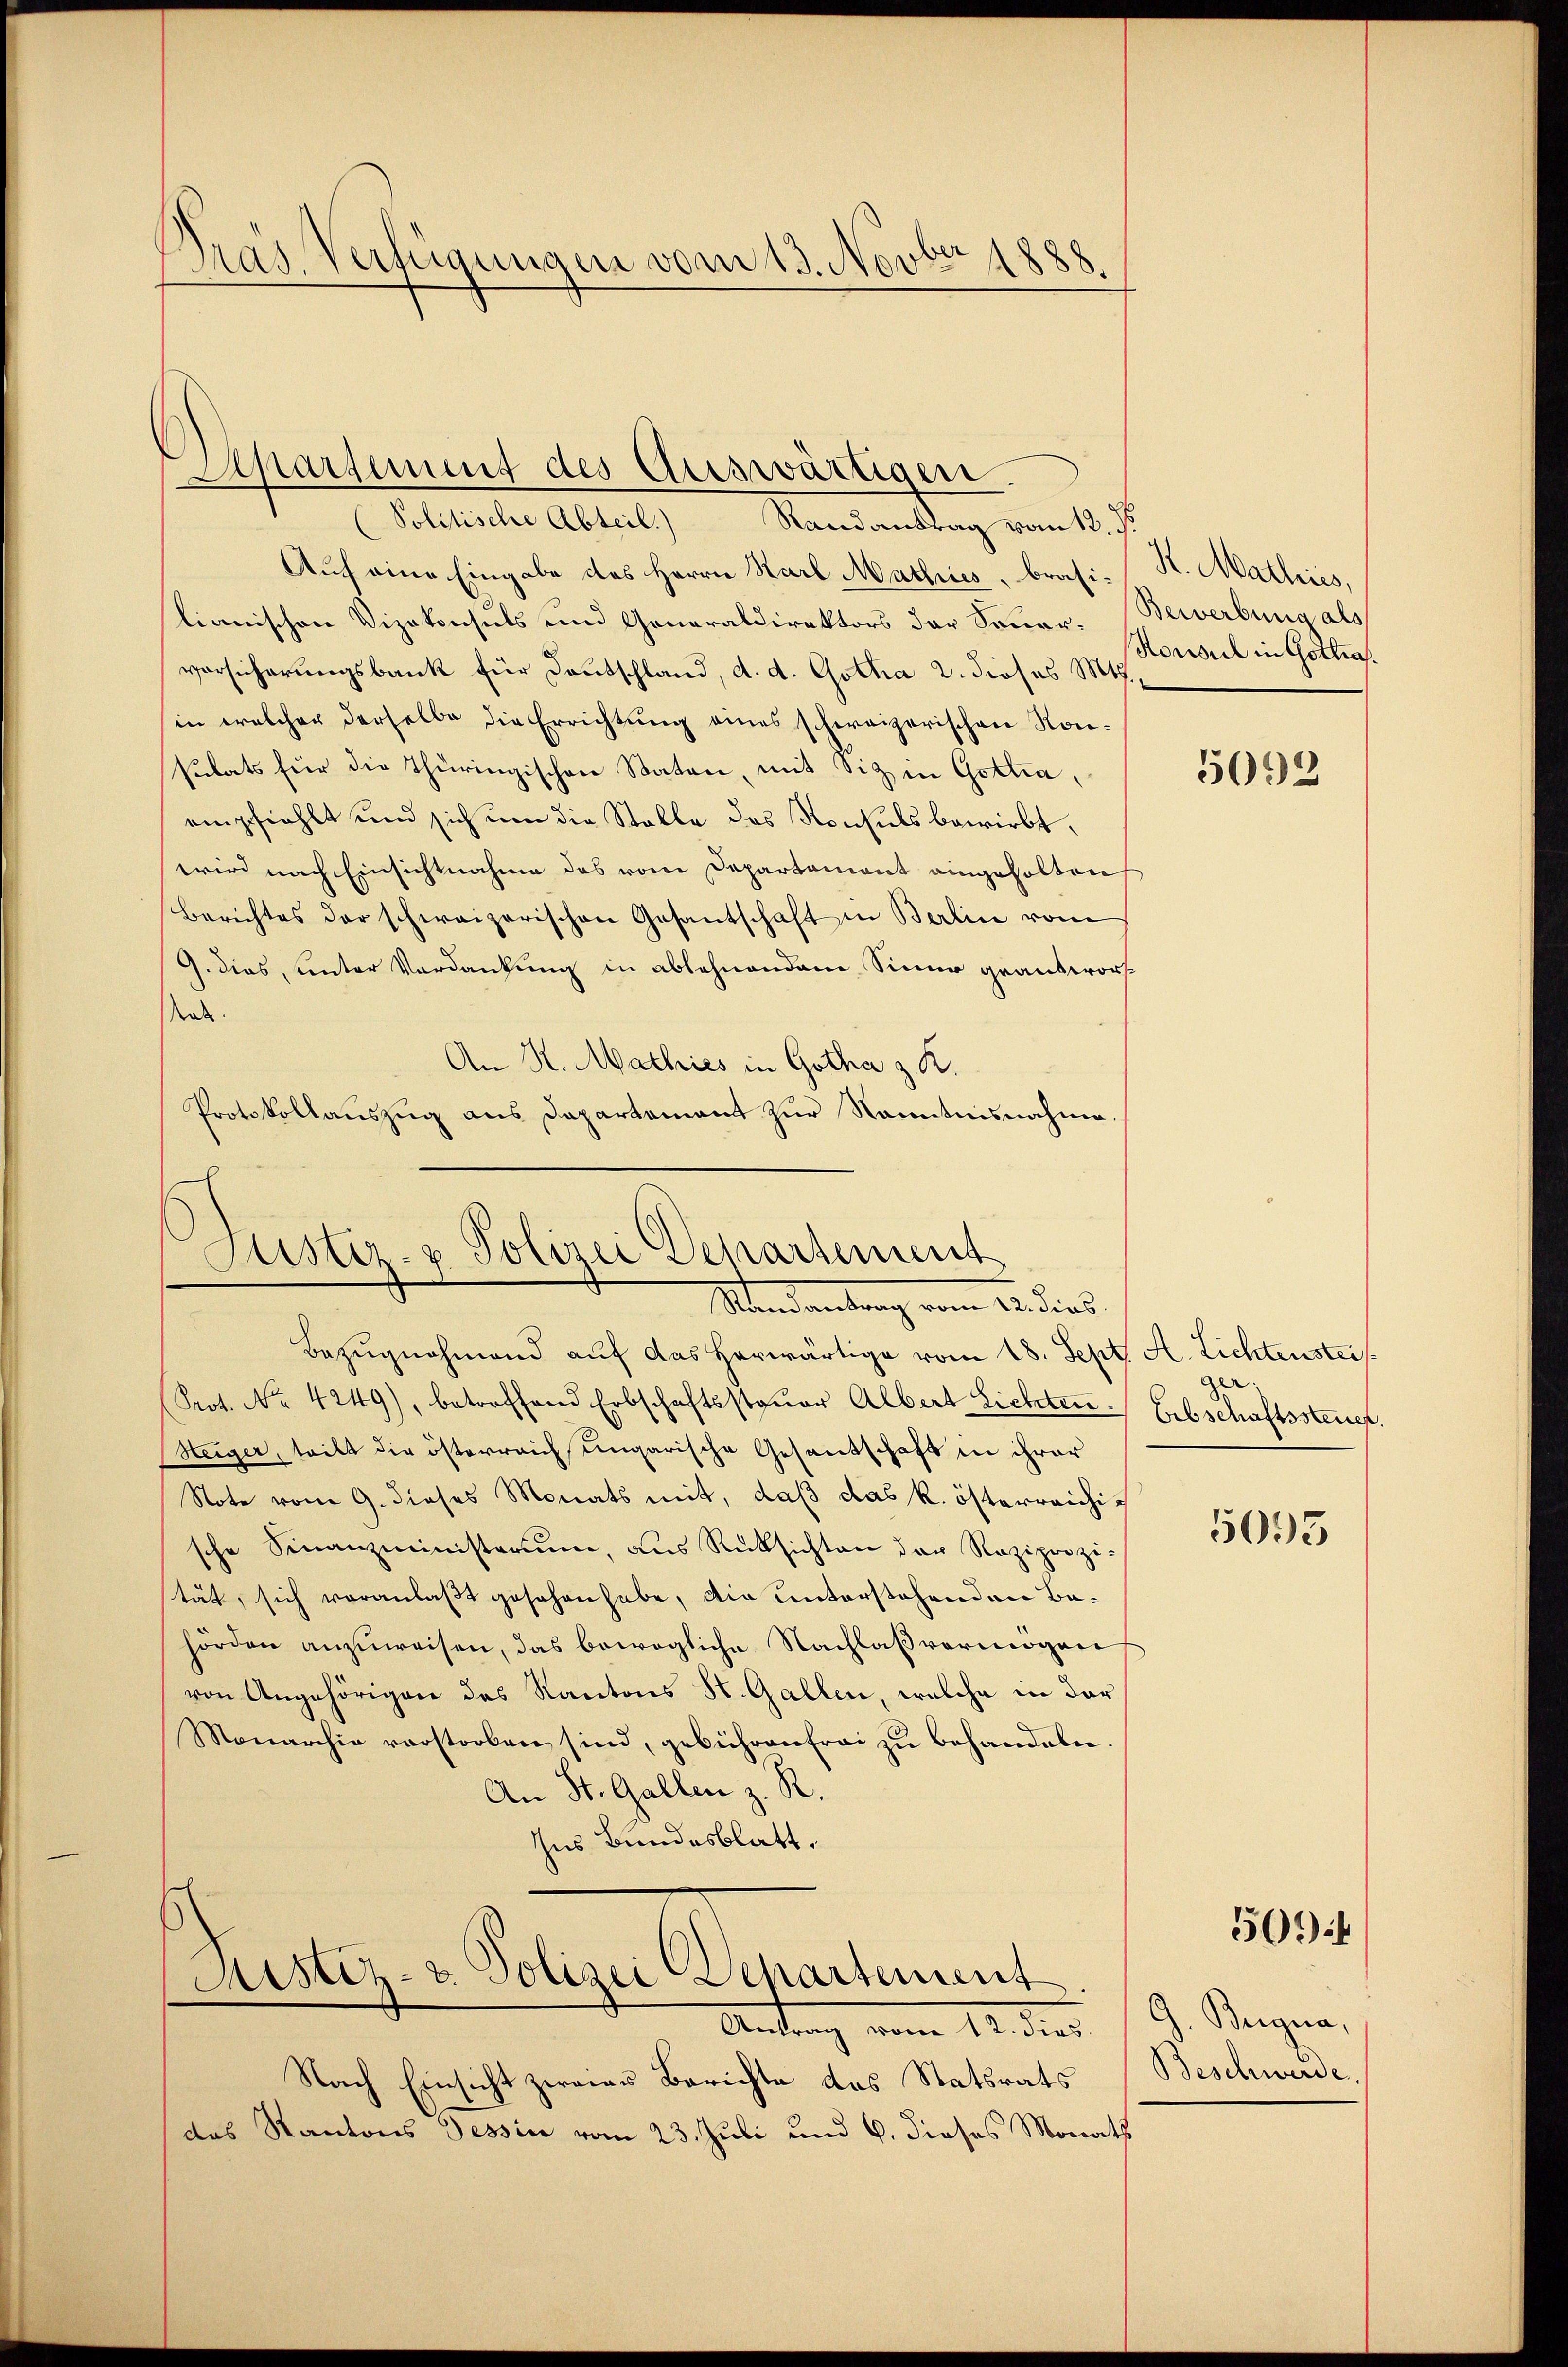
Dras Verfügungen vom 13. Novber 1888.

(Politische Abteil.) Randantrag vom 12. ds.
Auf eine Eingabe des Herrn Karl Mathies, brasilianischen Vizekonsuls und Generaldirektors der Sonner- Bewerbung als
vorsicherungsbank für Deutschland, d. d. Gotha 2. dieses Mts.
in welcher derselbe die Errichtung eines schweizerischen Konsulats für die Thüringischen Staten, mit Sitz in Gottia,
empfiehlt und sich um die Stelle des Konsuls bewirbt.
wird nach Einsichtnahme des vom Departement eingeholten
Berichtes der schweizerischen Gesantschaft in Berlin von
G. dies, unter Verdankung in ablehnendem Sinne grantworak.
An K. Mathies in Gotha z. R.
Protokollauszug aus Dapartement zur Kenntnisnahme.

Apartement des Auswärtigen.

Justiz- & Polizei Departement
Standantung vom 1. dies

Bezŭgnahmend auf das herwärtige vom 18. Sept. A. Lichtenstei
Prot. No 4249), betreffend Erbschaftssteŭer Albert Lichten Erbschaftssteuer.
Heiger, teilt die österreich ungarische Gesantschaft in ihrer
Note vom 9. dieses Monats mit, daß das k. österreichische Finanzministerium, aus Rüksichten der Reziprozität, sich veranlaßt gesehen habe, die unterstehenden Behörden anzuweisen, das bewegliche Nachlaßvermögen
von Angehörigen des Kantons St. Gallen, welche in der
Monarchia verstorben sind, gebühren frei zŭ behandeln.
An St. Gallen z. R.
Ins Bundesblatt.

Justiz- & Polizei Departement.

Antrag vom 12. de
Nach Einsicht zwains Berichte das Statsrats
das Kantons Tessin vom 23. Juli und 6. dieses Monath

H. Wallis,
Konsul in Gothias.

5092

ger.

5095

5014

G. Begna,
Beschwerde.